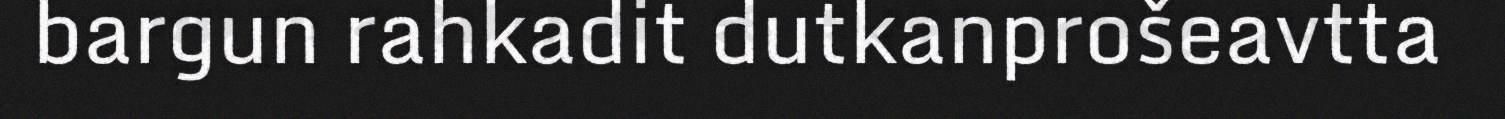
bargun rahkadit dutkanprošeavtta